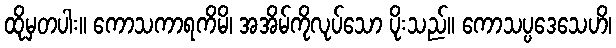
ထိုမှတပါး။ ကောသကာရကိမိ၊ အအိမ်ကိုလုပ်သော ပိုးသည်။ ကောသပ္ပဒေသေဟိ၊